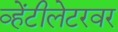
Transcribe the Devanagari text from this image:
व्हेंटीलेटरवर